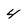
Character: 4